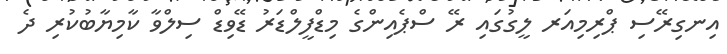
އިނގިރޭސި ޕްރިމިއަރ ލީގުގައި ރޭ ސްޕެއިންގެ މިޑްފީލްޑަރު ޑޭވިޑް ސިލްވާ ކާމިޔާބުކުރި ދެ